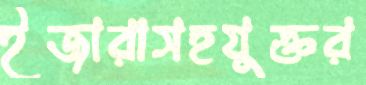
ইজারাসহযুক্তর